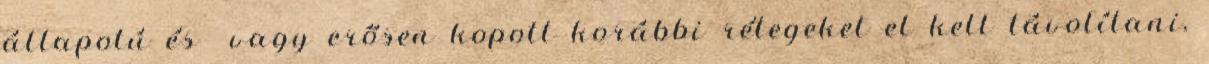
állapotú és vagy erősen kopott korábbi rétegeket el kell távolítani,